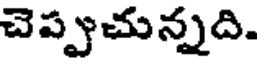
చెప్పుచున్నది.